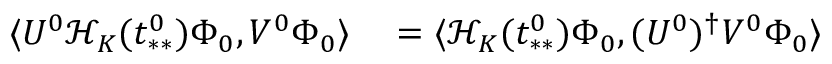
\begin{array} { r l } { \langle U ^ { 0 } \mathcal { H } _ { K } ( t _ { * * } ^ { 0 } ) \Phi _ { 0 } , V ^ { 0 } \Phi _ { 0 } \rangle } & { { } = \langle \mathcal { H } _ { K } ( t _ { * * } ^ { 0 } ) \Phi _ { 0 } , ( U ^ { 0 } ) ^ { \dag } V ^ { 0 } \Phi _ { 0 } \rangle } \end{array}